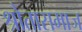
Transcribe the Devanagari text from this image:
श्रोतासमाज